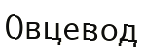
Овцевод